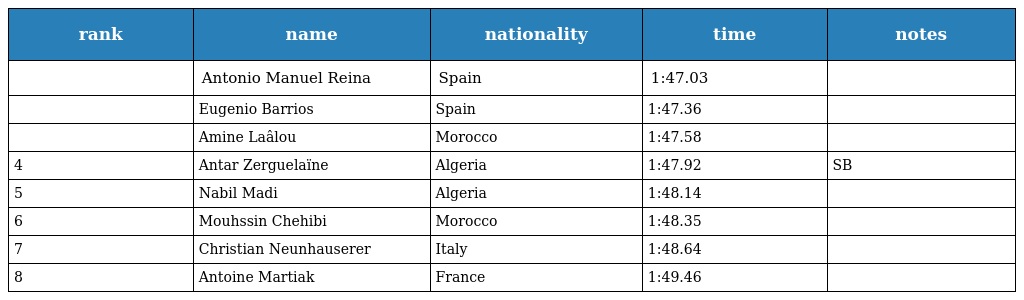
| rank | name | nationality | time | notes |
 | --- | --- | --- | --- | --- |
 |  | Antonio Manuel Reina | Spain | 1:47.03 |  |
 |  | Eugenio Barrios | Spain | 1:47.36 |  |
 |  | Amine Laâlou | Morocco | 1:47.58 |  |
 | 4 | Antar Zerguelaïne | Algeria | 1:47.92 | SB |
 | 5 | Nabil Madi | Algeria | 1:48.14 |  |
 | 6 | Mouhssin Chehibi | Morocco | 1:48.35 |  |
 | 7 | Christian Neunhauserer | Italy | 1:48.64 |  |
 | 8 | Antoine Martiak | France | 1:49.46 |  |